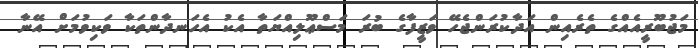
މަޖުބޫރީއެއްގެ ތެރެއިން އަދާކުރަންޖެހޭ ވަޒީފާގެ ބުރަ މަސްޢޫލިއްޔަތާ އެކު އެހަނދާންތަކާ ވަކިވުމަށް އޭނާ